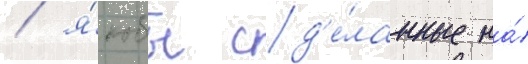
/ я́кобы сд'е́ланные на́